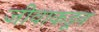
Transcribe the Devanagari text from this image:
जीवाकडून